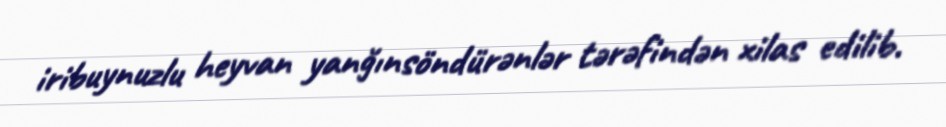
iribuynuzlu heyvan yanğınsöndürənlər tərəfindən xilas edilib.